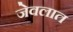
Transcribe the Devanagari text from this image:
जेवलात